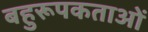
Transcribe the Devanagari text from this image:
बहुरूपकताओं